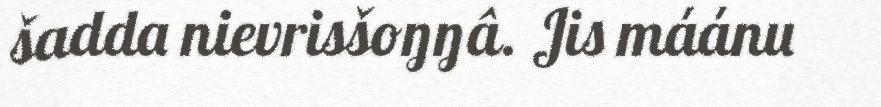
šadda nievrisšoŋŋâ. Jis máánu